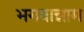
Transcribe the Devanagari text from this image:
भगवान्नाम